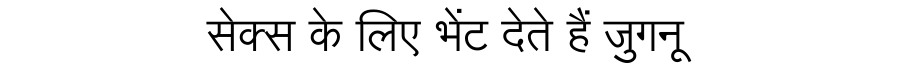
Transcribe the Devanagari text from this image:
सेक्स के लिए भेंट देते हैं जुगनू